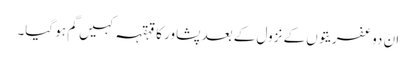
ان دو عفریتوں کے نزول کے بعد پشاور کا قہقہہ کہیں گم ہو گیا۔